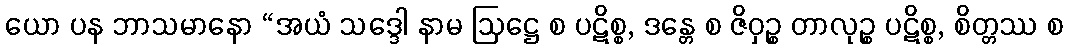
ယော ပန ဘာသမာနော “အယံ သဒ္ဒေါ နာမ ဩဋ္ဌေ စ ပဋိစ္စ, ဒန္တေ စ ဇိဝှဉ္စ တာလုဉ္စ ပဋိစ္စ, စိတ္တဿ စ